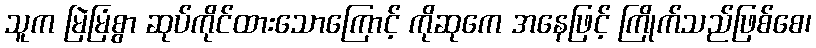
သူက မြဲမြံစွာ ဆုပ်ကိုင်ထားသောကြောင့် ကိုဆုကေ အနေဖြင့် ကြိုက်သည်ဖြစ်စေ၊